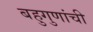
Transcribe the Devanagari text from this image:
बहुगुणांची